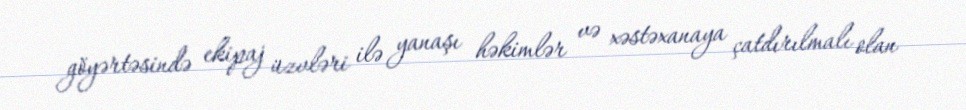
göyərtəsində ekipaj üzvləri ilə yanaşı həkimlər və xəstəxanaya çatdırılmalı olan